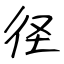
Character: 径